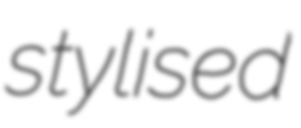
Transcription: stylised